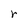
Character: r